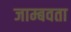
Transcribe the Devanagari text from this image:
जाम्बवता